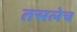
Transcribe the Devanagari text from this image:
तसलेच